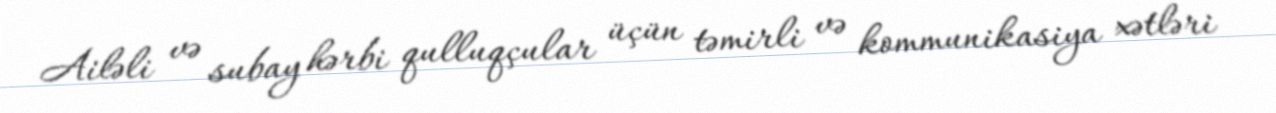
Ailəli və subay hərbi qulluqçular üçün təmirli və kommunikasiya xətləri